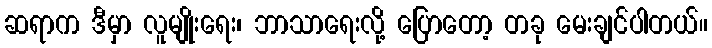
ဆရာက ဒီမှာ လူမျိုးရေး၊ ဘာသာရေးလို့ ပြောတော့ တခု မေးချင်ပါတယ်။